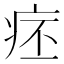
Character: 𤵛